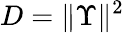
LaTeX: D=\| \Upsilon\| ^{2}